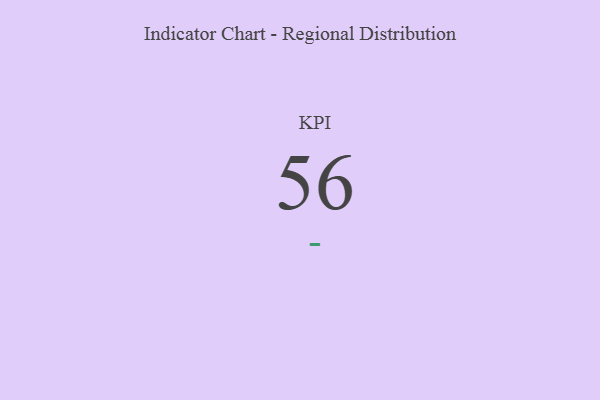
{"axis": {"x": "KPI", "y": "Value"}, "legend": [""], "data": [{"x": "KPI", "y": 56, "type": ""}]}